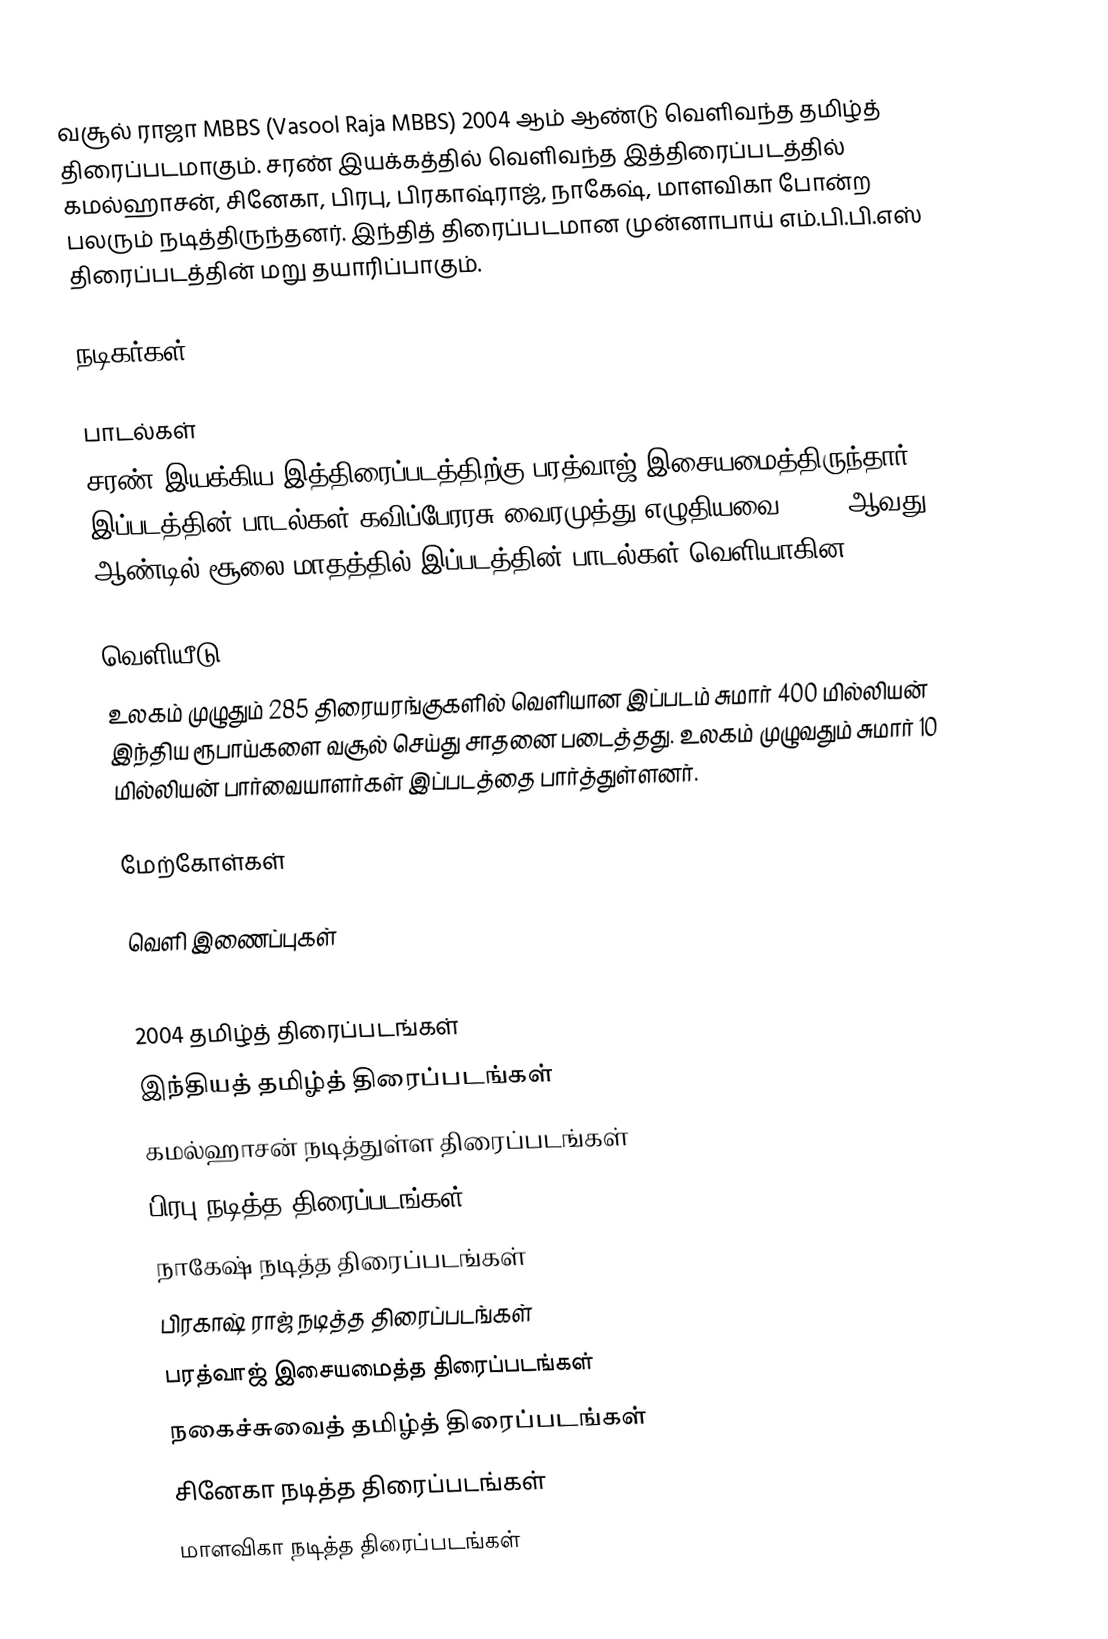
வசூல் ராஜா MBBS (Vasool Raja MBBS) 2004 ஆம் ஆண்டு வெளிவந்த தமிழ்த் திரைப்படமாகும். சரண் இயக்கத்தில் வெளிவந்த இத்திரைப்படத்தில் கமல்ஹாசன், சினேகா, பிரபு, பிரகாஷ்ராஜ், நாகேஷ், மாளவிகா போன்ற பலரும் நடித்திருந்தனர். இந்தித் திரைப்படமான முன்னாபாய் எம்.பி.பி.எஸ் திரைப்படத்தின் மறு தயாரிப்பாகும்.

நடிகர்கள்

பாடல்கள்
சரண் இயக்கிய இத்திரைப்படத்திற்கு பரத்வாஜ் இசையமைத்திருந்தார். இப்படத்தின் பாடல்கள் கவிப்பேரரசு வைரமுத்து எழுதியவை. 2004 ஆவது ஆண்டில் சூலை மாதத்தில் இப்படத்தின் பாடல்கள் வெளியாகின.

வெளியீடு
உலகம் முழுதும் 285 திரையரங்குகளில் வெளியான இப்படம் சுமார் 400 மில்லியன் இந்திய ரூபாய்களை வசூல் செய்து சாதனை படைத்தது. உலகம் முழுவதும் சுமார் 10 மில்லியன் பார்வையாளர்கள் இப்படத்தை பார்த்துள்ளனர்.

மேற்கோள்கள்

வெளி இணைப்புகள்

2004 தமிழ்த் திரைப்படங்கள்
இந்தியத் தமிழ்த் திரைப்படங்கள்
கமல்ஹாசன் நடித்துள்ள திரைப்படங்கள்
பிரபு நடித்த திரைப்படங்கள்
நாகேஷ் நடித்த திரைப்படங்கள்
பிரகாஷ் ராஜ் நடித்த திரைப்படங்கள்
பரத்வாஜ் இசையமைத்த திரைப்படங்கள்
நகைச்சுவைத் தமிழ்த் திரைப்படங்கள்
சினேகா நடித்த திரைப்படங்கள்
மாளவிகா நடித்த திரைப்படங்கள்